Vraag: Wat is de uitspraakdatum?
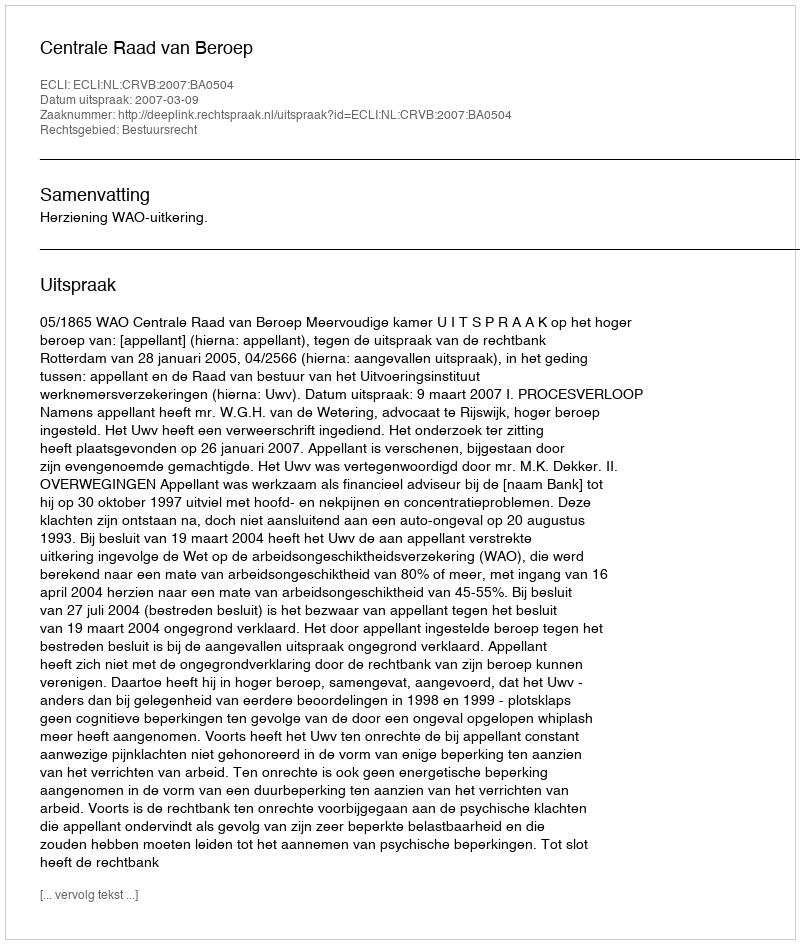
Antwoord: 2007-03-09